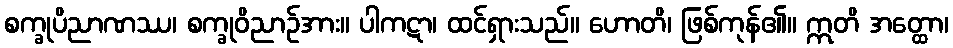
စက္ခုပိညာဏဿ၊ စက္ခုဝိညာဉ်အား။ ပါကဋာ၊ ထင်ရှားသည်။ ဟောတိ၊ ဖြစ်ကုန်၏။ ဣတိ အတ္ထော၊